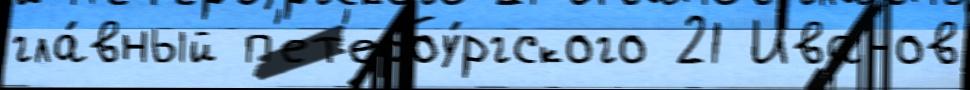
гла́вный п'ет'ербу́ргского 21 Иванов